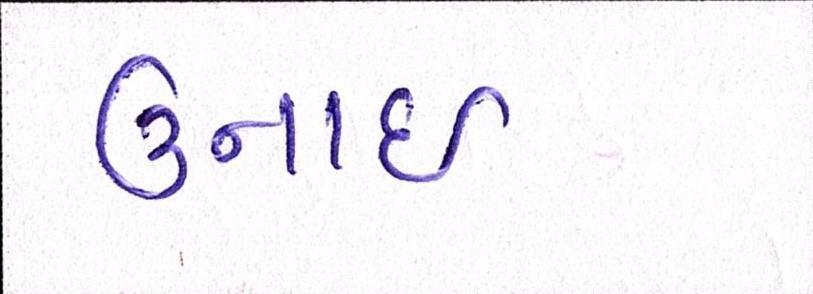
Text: ઉનાઈ